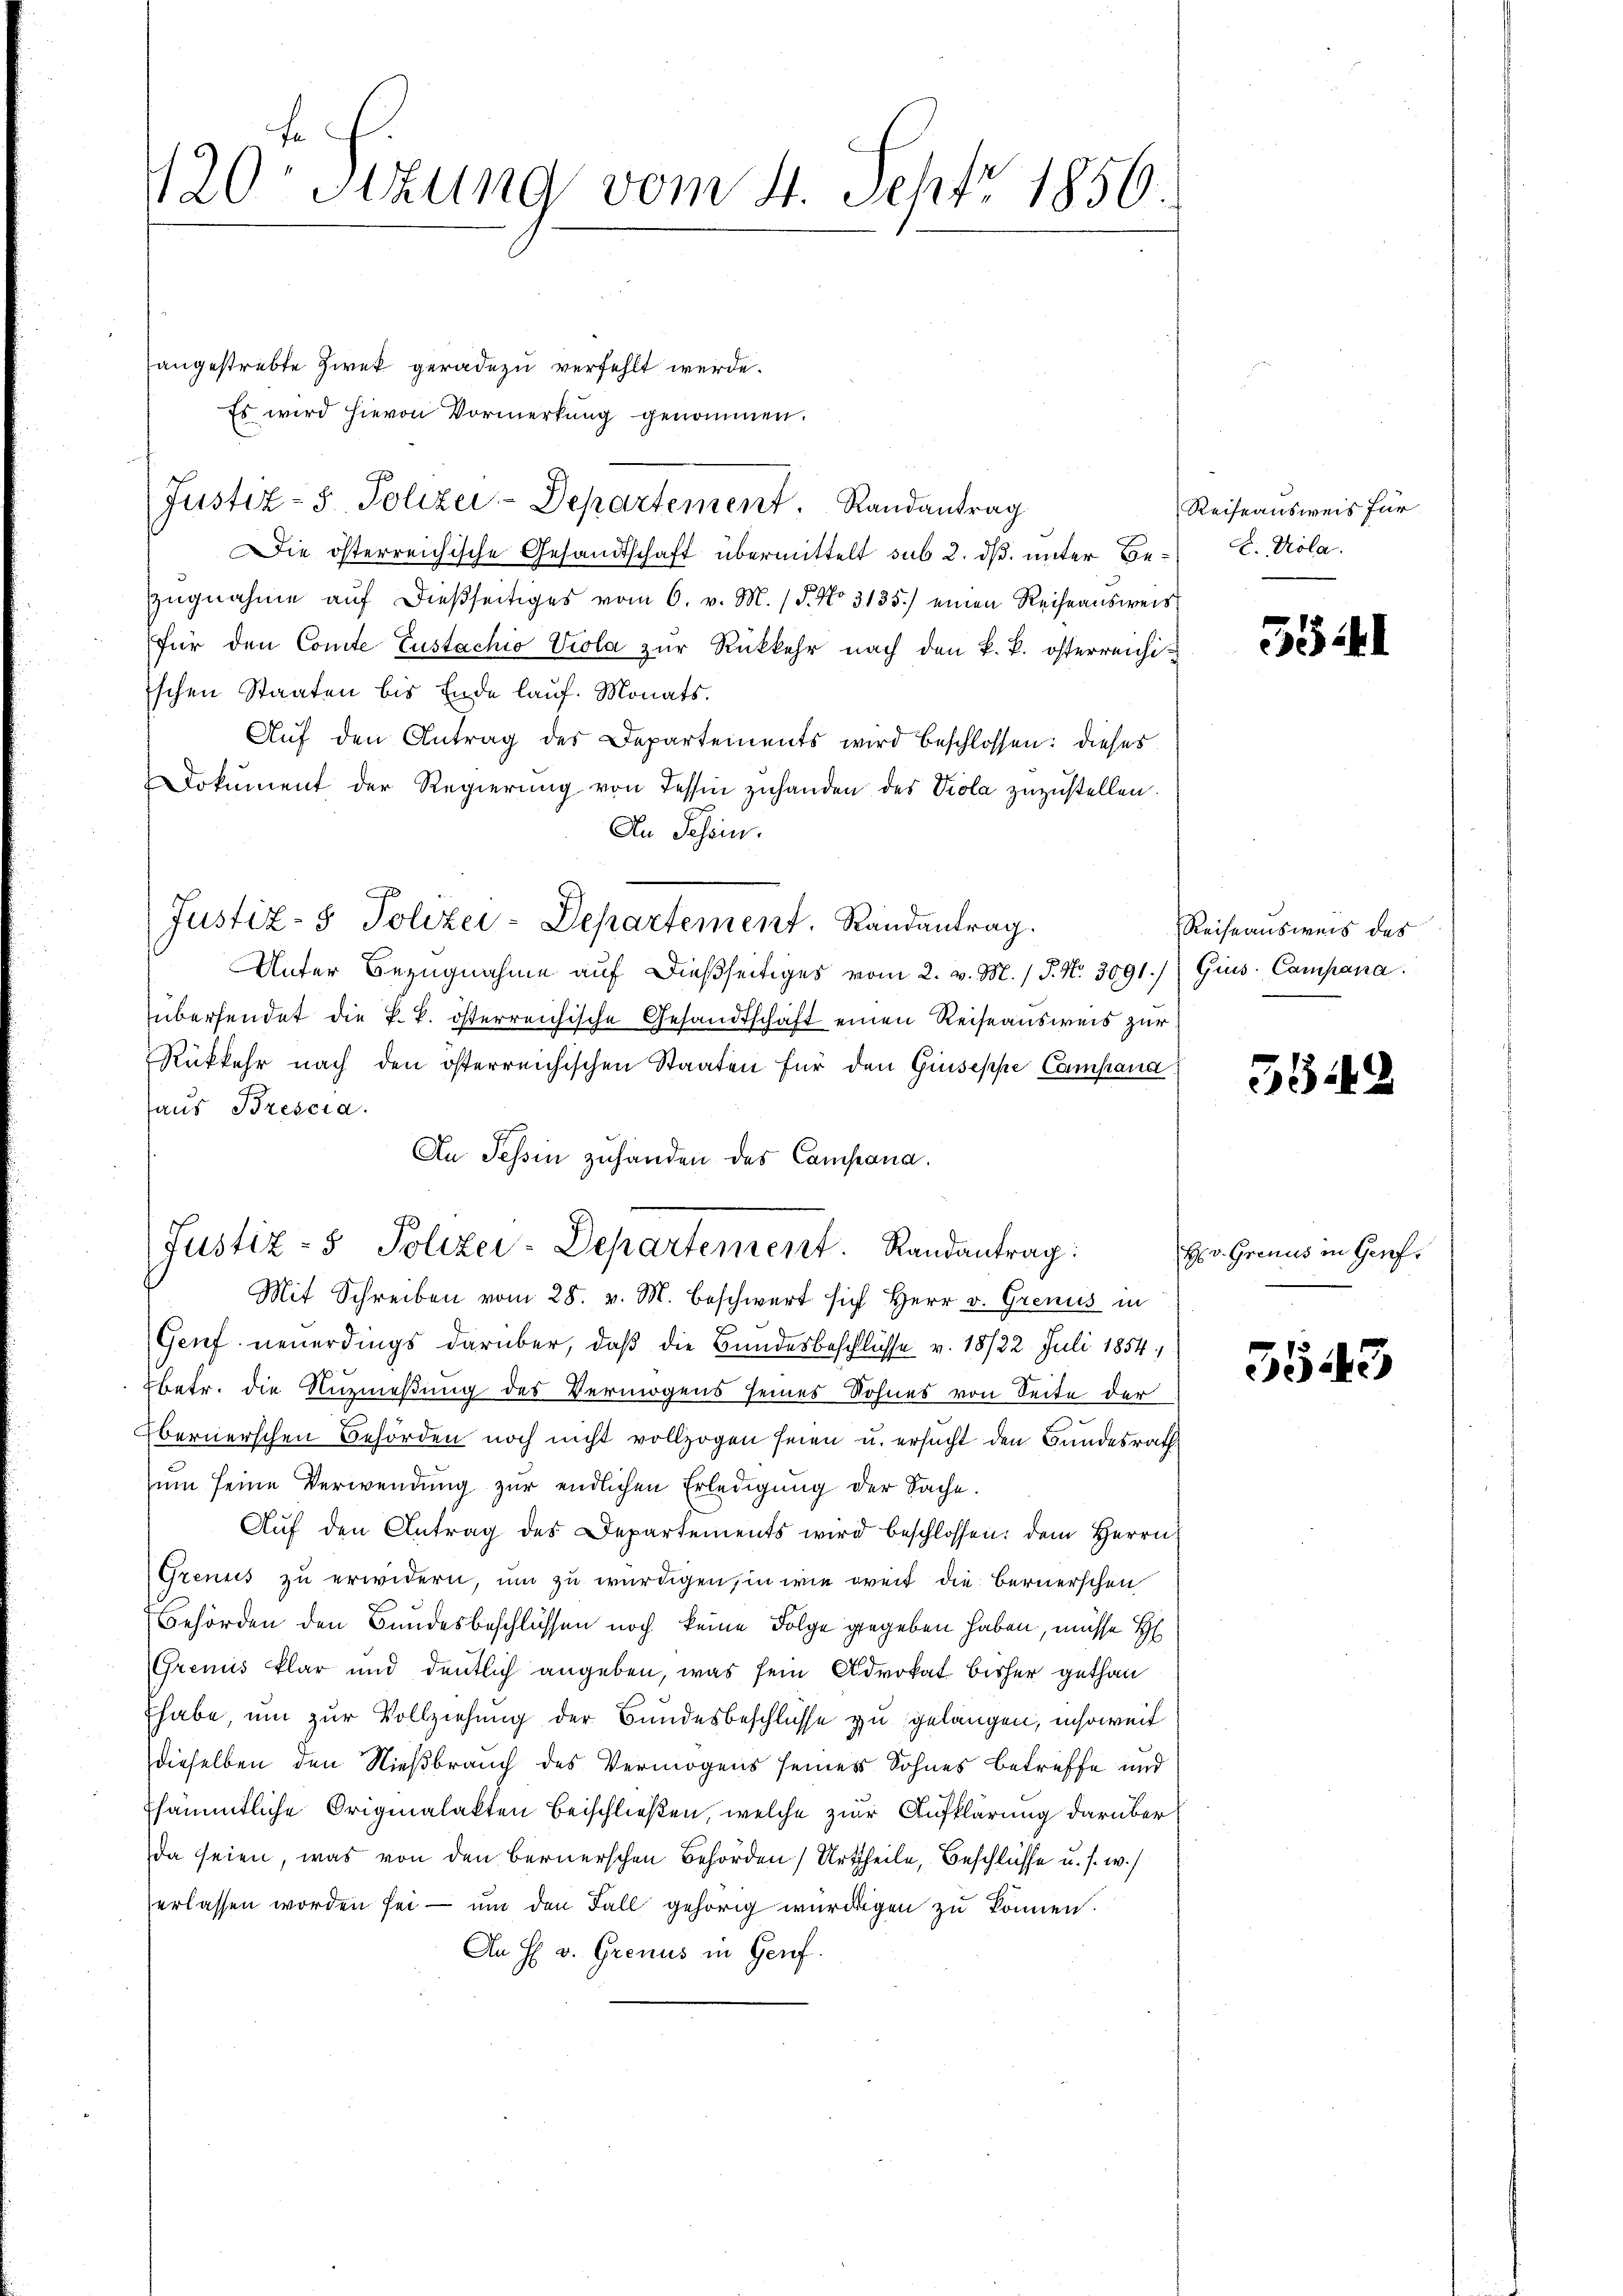
120te Sitzung vom 4. Sept. 1856.

angestrebte Zwek geradezu verfehlt werde.
Es wird hievon Vormerkung genommen.
Die österreichische Gesandtschaft übermittelt sub 2. dß. unter Be¬
Zugnahme auf dießseitiges vom 6. v. M. / 5. No 3135.) einen Reiheausweis
für den Comte Zustachio Viola zur Rückkehr nach den k. k. österreichi-
ischen Staaten bis Ende lauf. Monats.
Auf den Antrag der Departements wird beschlossen: dieses
Dokument der Regierung von Tessin zuhanden des Viola zuzustellen.
An Schön.
Justiz- & Polizei-Departement. Randantrag.
Unter Bezugnahme auf dießseitiges vom 2. v. M. / P. Nr. 3091/Gius. Campana.
übersendet die k. k. österreichische Gesandtschaft einen Reiseausweis zur
Rükkehr nach den österreichischen Staaten für den Giuseppe Campana
haus Brescia.
An Tessin zuhanden des Campana.
Justiz- & Polizei-Departement. Randantrag:
Mit Schreiben vom 28. v. M. beschwert sich Herr v. Grenus in
Genf neuerdings darüber, daß die Bundesbeschlüsse v. 18722. Juli 1854,
betr. die Nuzmeßung des Vermögens seines Rohnes von Seite der
bernerschen Behörden noch nicht vollzogen seien u. ersucht den Bundesrath
um seine Verwendung zur endlichen Erledigung der Sache.
Aŭf den Antrag des Departements wird beschlossen: dem Herrn
Grenis zu erwidern, um zu würdigen, in wie weit die Bernerschen
Behörden den Bundesbeschlüssen noch keine Folge gegeben haben, müsse H
Grenis klar und deutlich angeben, was sein Advokat bisher gethan
habe, um zur Vollziehung der Bundesbeschlüsse zu gelangen, insoweit
dieselben den Nießbrauch des Vermögens seines Sohnes betreffe und
Esämmtliche Originalakten Beischließen, welche zur Aufklärung darüber
da seien, was von den Bernerschen Behörden Urtheile, Beschlüsse u. s. w.)
erlassen worden sei – um den Fall gehörig würdigen zu können.
An H. v. Grenus in Genf.

Justiz- & Polizei-Departement. Randantrag

Reiseausweis für
d. Pola.

551

Reiseausweis des

5542

H. v. Grenus in Genf.

5543